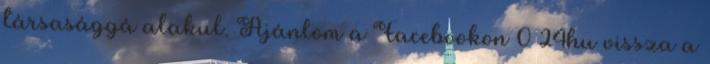
társasággá alakul. Ajánlom a Facebookon 0 24hu vissza a